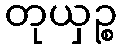
တုယှဉ္စ